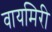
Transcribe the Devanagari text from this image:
वायमिरी